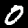
Digit: 0